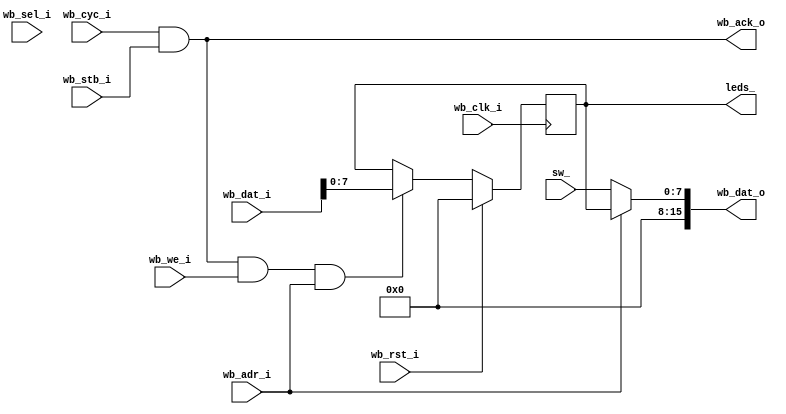
module gpio (
    input         wb_clk_i,	    // Wishbone slave interface
    input         wb_rst_i,
    input         wb_adr_i,
    output [15:0] wb_dat_o,
    input  [15:0] wb_dat_i,
    input  [ 1:0] wb_sel_i,
    input         wb_we_i,
    input         wb_stb_i,
    input         wb_cyc_i,
    output        wb_ack_o,

    output reg [7:0] leds_,    // GPIO inputs/outputs
    input      [7:0] sw_
  );

  wire   op;

  assign op       = wb_cyc_i & wb_stb_i;
  assign wb_ack_o = op;
  assign wb_dat_o = wb_adr_i ? { 8'h00, leds_ } : { 8'h00, sw_ };

  always @(posedge wb_clk_i)
    leds_ <= wb_rst_i ? 8'h0 : ((op & wb_we_i & wb_adr_i) ? wb_dat_i[7:0] : leds_);

// --------------------------------------------------------------------
endmodule